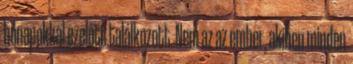
hónapokkal ezelőtt találkozott. Nem az az ember, akiben minden